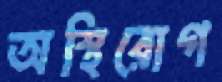
অস্থিরোগ